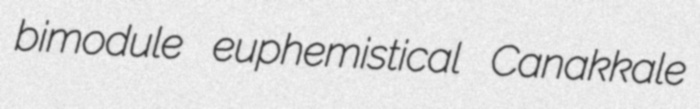
bimodule euphemistical Canakkale